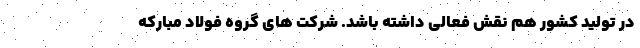
در تولید کشور هم نقش فعالی داشته باشد. شرکت های گروه فولاد مبارکه